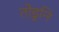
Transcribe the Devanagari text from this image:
तोडुनि